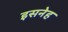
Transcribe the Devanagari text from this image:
इसनेह